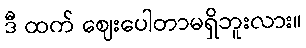
ဒီ ထက် ဈေးပေါတာမရှိဘူးလား။